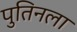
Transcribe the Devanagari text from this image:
पुतिनला